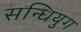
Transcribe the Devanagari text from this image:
सन्धियुग